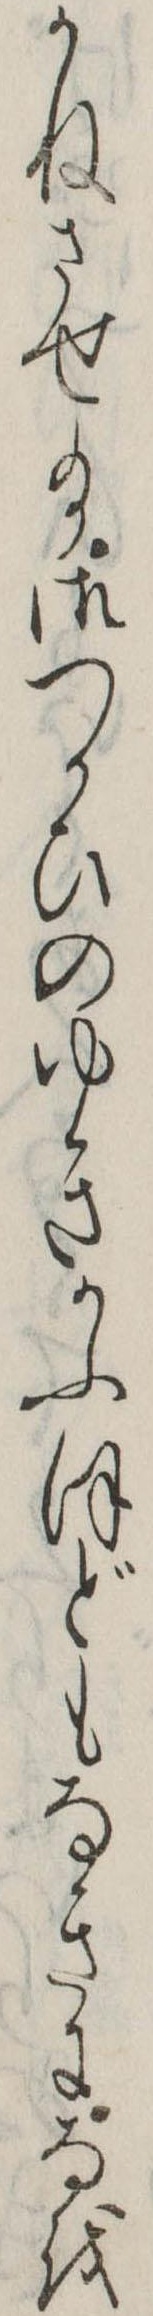
かねさせ給御つかひのゆきかふほどもなきになを